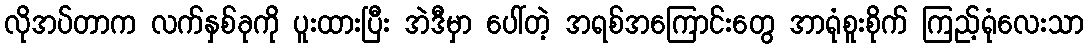
လိုအပ်တာက လက်နှစ်ခုကို ပူးထားပြီး အဲဒီမှာ ပေါ်တဲ့ အရစ်အကြောင်းတွေ အာရုံစူးစိုက် ကြည့်ရုံလေးသာ